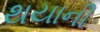
થયાની